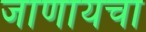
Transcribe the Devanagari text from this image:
जाणायचा